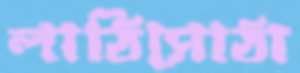
লাঠিসোঠা